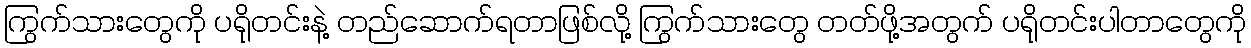
ကြွက်သားတွေကို ပရိုတင်းနဲ့ တည်ဆောက်ရတာဖြစ်လို့ ကြွက်သားတွေ တတ်ဖို့အတွက် ပရိုတင်းပါတာတွေကို